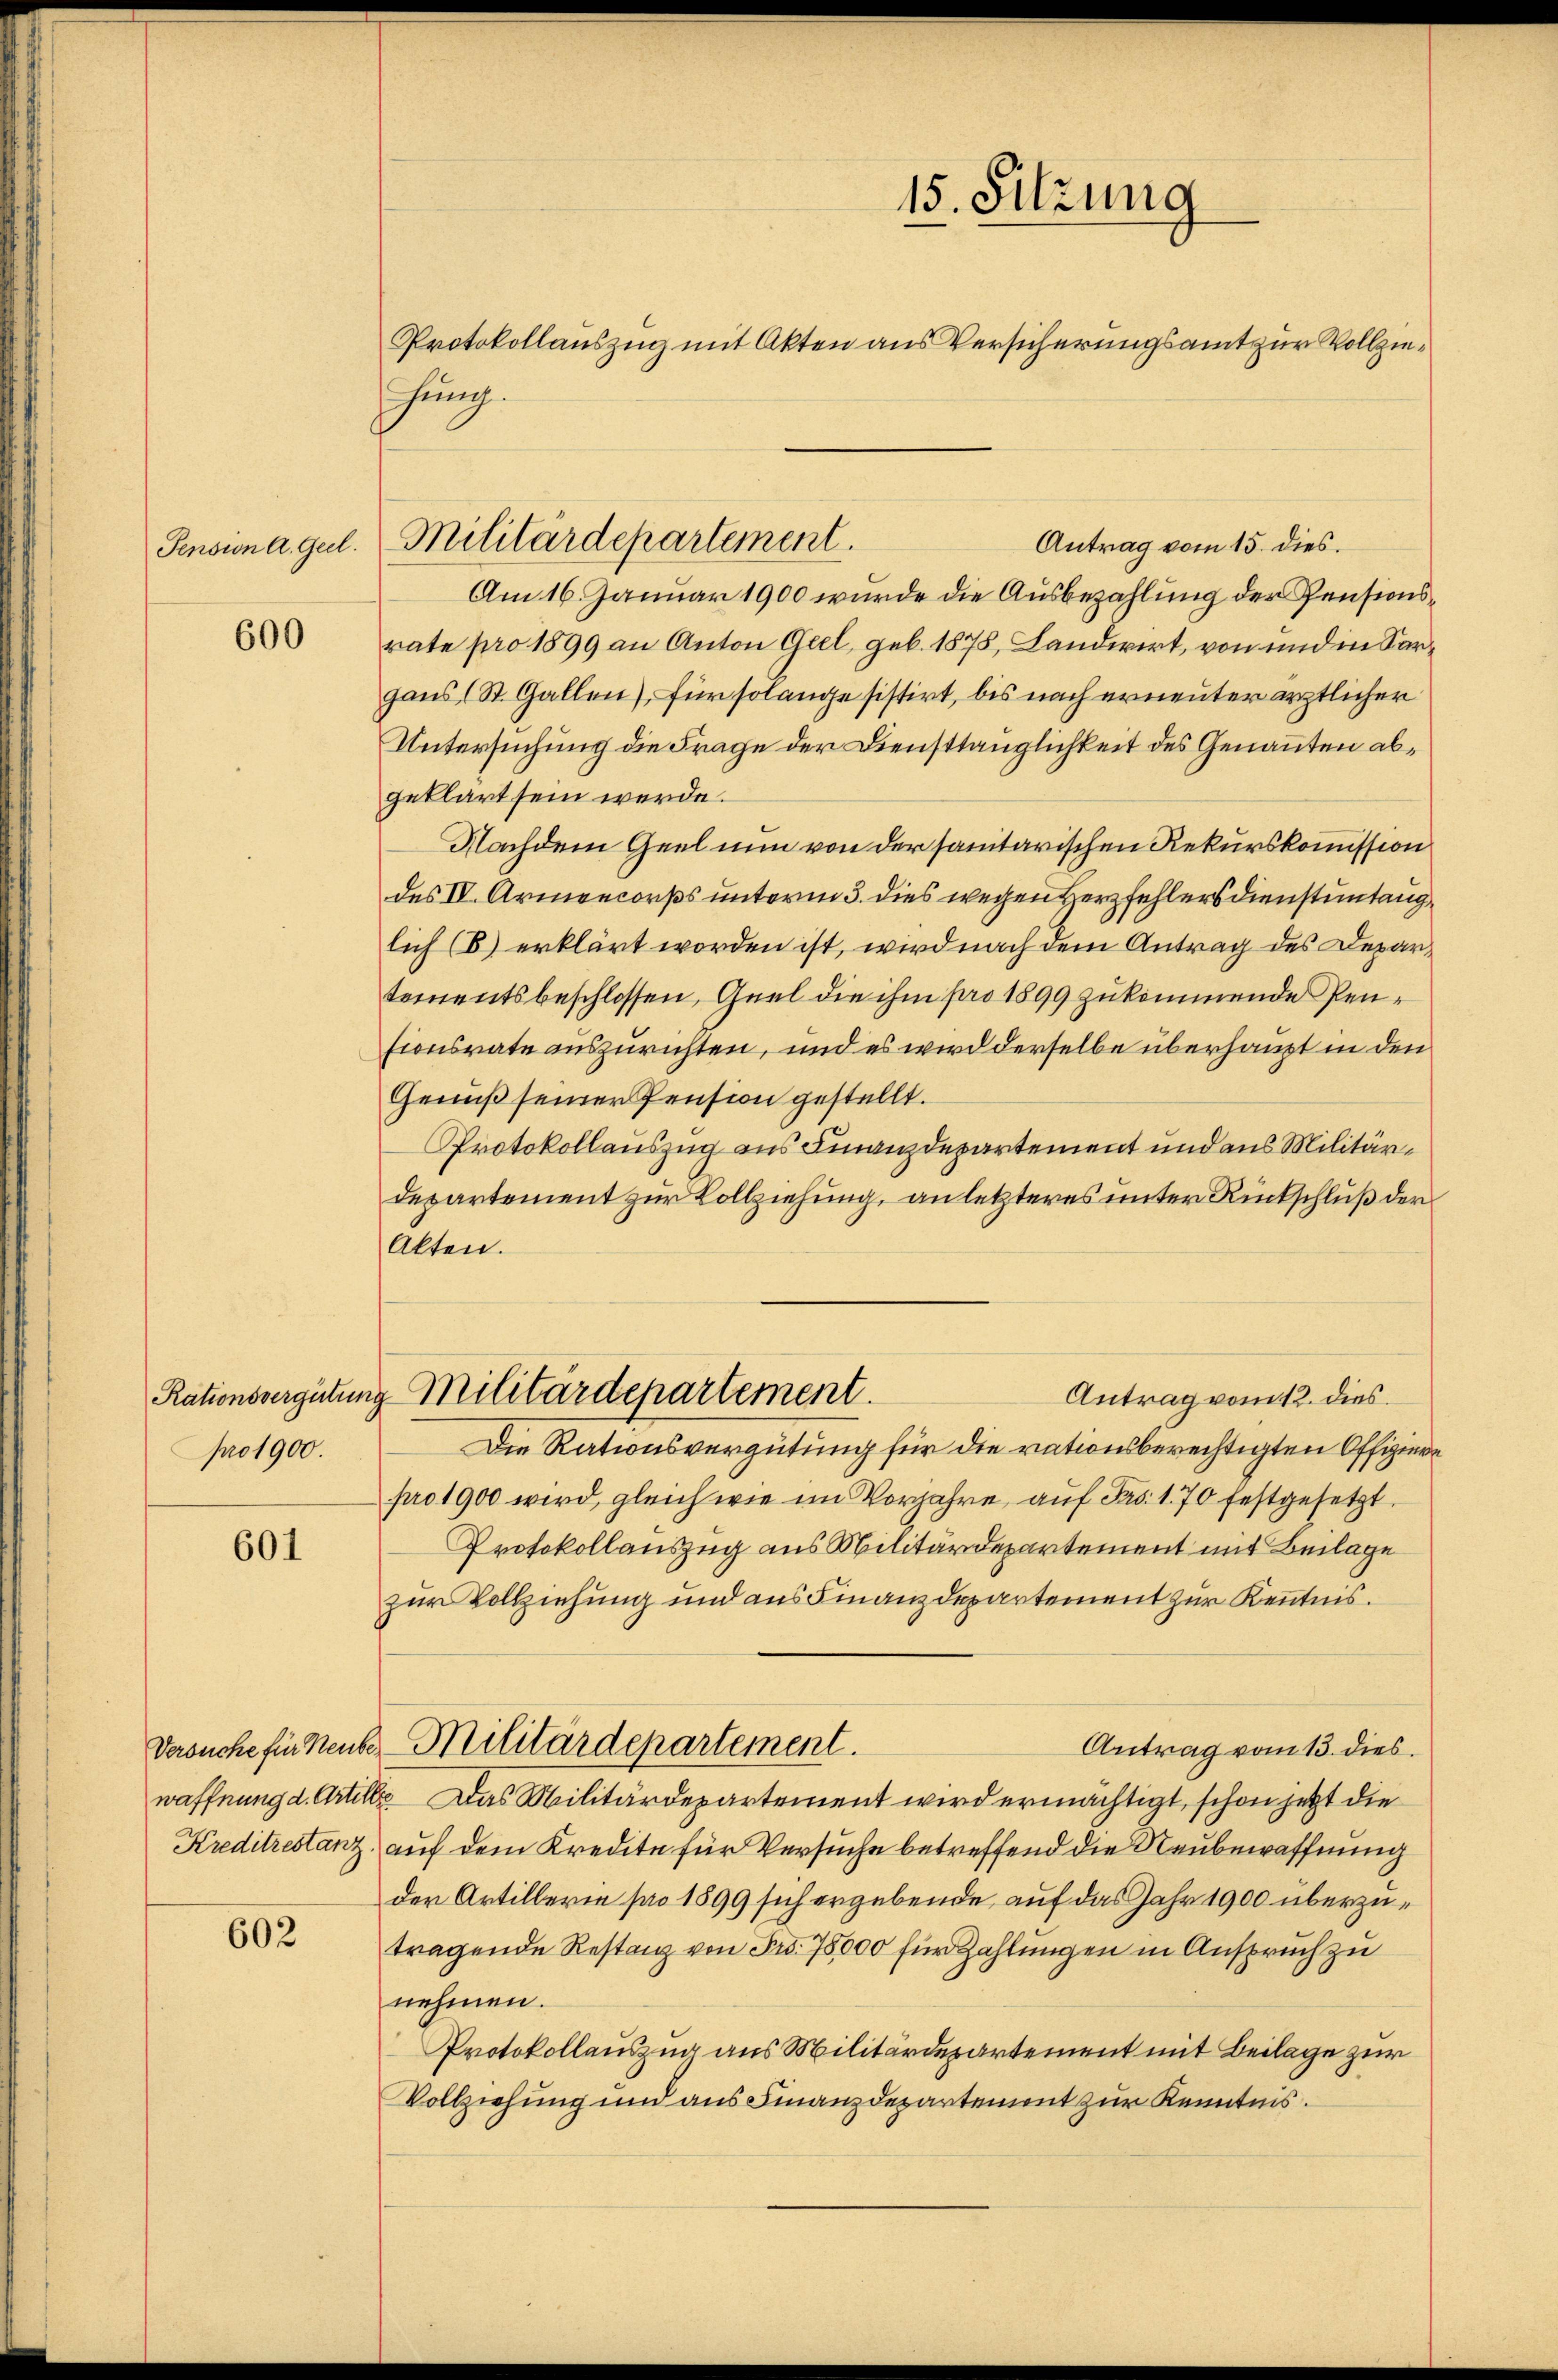
Pension A. Geel.

600

pro 1900.

601

Kreditrestanz.

602

hung.

Militärdepartement.

Antrag vom 15. dies.
Am 16. Januar 1900 wurde die Ausbezahlung der Pensionsrate pro 1899 an Anton Geel, geb. 1878, Landwirt, von und in Sargaus (St. Gallen), für solange sistirt, bis nach erneuter ärztlicher
Untersuchung die Frage der Diensttänglichkeit des Genannten abgeklärt sein werde.
Nachdem Geel nun von der sanitarischen Rekurskommission
des IV. Armencorps unterm 3. dies wegen Herzfehlersdienstuntaug
lich (B) erklärt worden ist, wird nach dem Antrag des Departementsbeschlossen, Guel die ihm pro 1899 zukommende Pensionsrate auszurichten, und es wird derselbe überhaupt in den
Genuß seiner Pension gestellt.
Protokollauszug aus Finanzdepartement und aus Militär¬
Departement zur Vollziehung, an letzteres unter Rückschluß der
Akten.
Rationsvergütung Militärdepartement
Antrag vom 12. dies
Die Rationsvergütung für die rationsberechtigten Offiziere
pro 1900 wird, gleich wie im Vorjahre, auf Pro. 170 festgesetzt.
Protokollauszug aus Militärdepartement mit Beilage
zur Vollziehung und aus Finanzdepartement zur Kenntnis.
Versuche für kente Militärdepartement.
Antrag vom 13. dies
waffnung d. Artille. Das Militärdepartement wird ermächtigt, schon jetzt die
auf dem Kredite für Versuche betreffend die Neubewaffnung
der Artillerie pro 1899 sich ergebende auf das Jahr 1900 überzutragende Restanz von Fr. 75,000 für Zahlungen in Anspruch zu
nehmen.
Protokollauszug aus Militärdepartement mit Beilage zur
Vollziehung und aus Finanzdepartement zur Kenntnis.

15. Sitzung
Protokollauszug mit Akten aus Versicherungsamt zur Vollzie¬